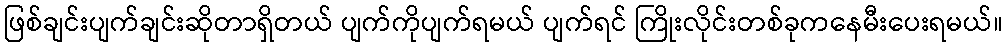
ဖြစ်ချင်းပျက်ချင်းဆိုတာရှိတယ် ပျက်ကိုပျက်ရမယ် ပျက်ရင် ကြိုးလိုင်းတစ်ခုကနေမီးပေးရမယ်။